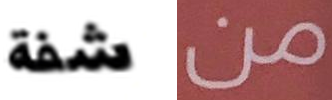
شفة من